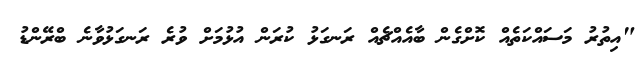
"އިތުރު މަސައްކަތެއް ކޮށްގެން ބާއެއްޗެއް ރަނގަޅު ކުރަން އުޅުމަށް ވުރެ ރަނގަޅުވާނެ ބްރޭންޑު